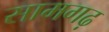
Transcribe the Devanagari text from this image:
सामगढ़